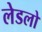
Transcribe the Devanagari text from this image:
लेडलो